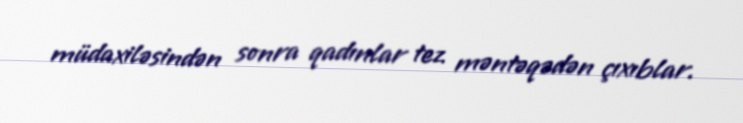
müdaxiləsindən sonra qadınlar tez məntəqədən çıxıblar.